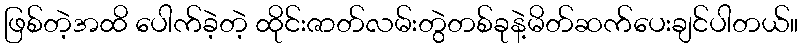
ဖြစ်တဲ့အထိ ပေါက်ခဲ့တဲ့ ထိုင်းဇာတ်လမ်းတွဲတစ်ခုနဲ့မိတ်ဆက်ပေးချင်ပါတယ်။